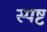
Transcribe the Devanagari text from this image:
स्‍पष्ट